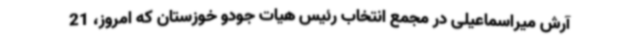
آرش میراسماعیلی در مجمع انتخاب رئیس هیات جودو خوزستان که امروز، 21